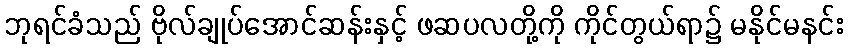
ဘုရင်ခံသည် ဗိုလ်ချုပ်အောင်ဆန်းနှင့် ဖဆပလတို့ကို ကိုင်တွယ်ရာ၌ မနိုင်မနင်း